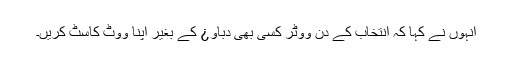
انہوں نے کہا کہ انتخاب کے دن ووٹر کسی بھی دباو¿ کے بغیر اپنا ووٹ کاسٹ کریں۔